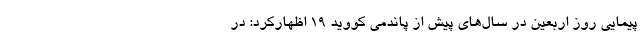
پیمایی روز اربعین در سال‌های پیش از پاندمی کووید ۱۹ اظهارکرد: در